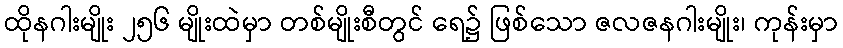
ထိုနဂါးမျိုး ၂၅၆ မျိုးထဲမှာ တစ်မျိုးစီတွင် ရေ၌ ဖြစ်သော ဇလဇနဂါးမျိုး၊ ကုန်းမှာ